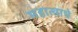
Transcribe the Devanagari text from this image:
महात्वाचे